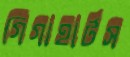
গিগাহার্টস